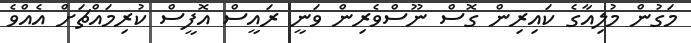
މަގުން މުލިއާގެ ކައިރިން ގޮސް ނޫސްވެރިން ވަނީ ރައީސް އޮފީސް ކުރިމައްޗަށް އެއްވެ